Vaike-Kullamaa_(Vaikna)_vallavalitsus, lk 38
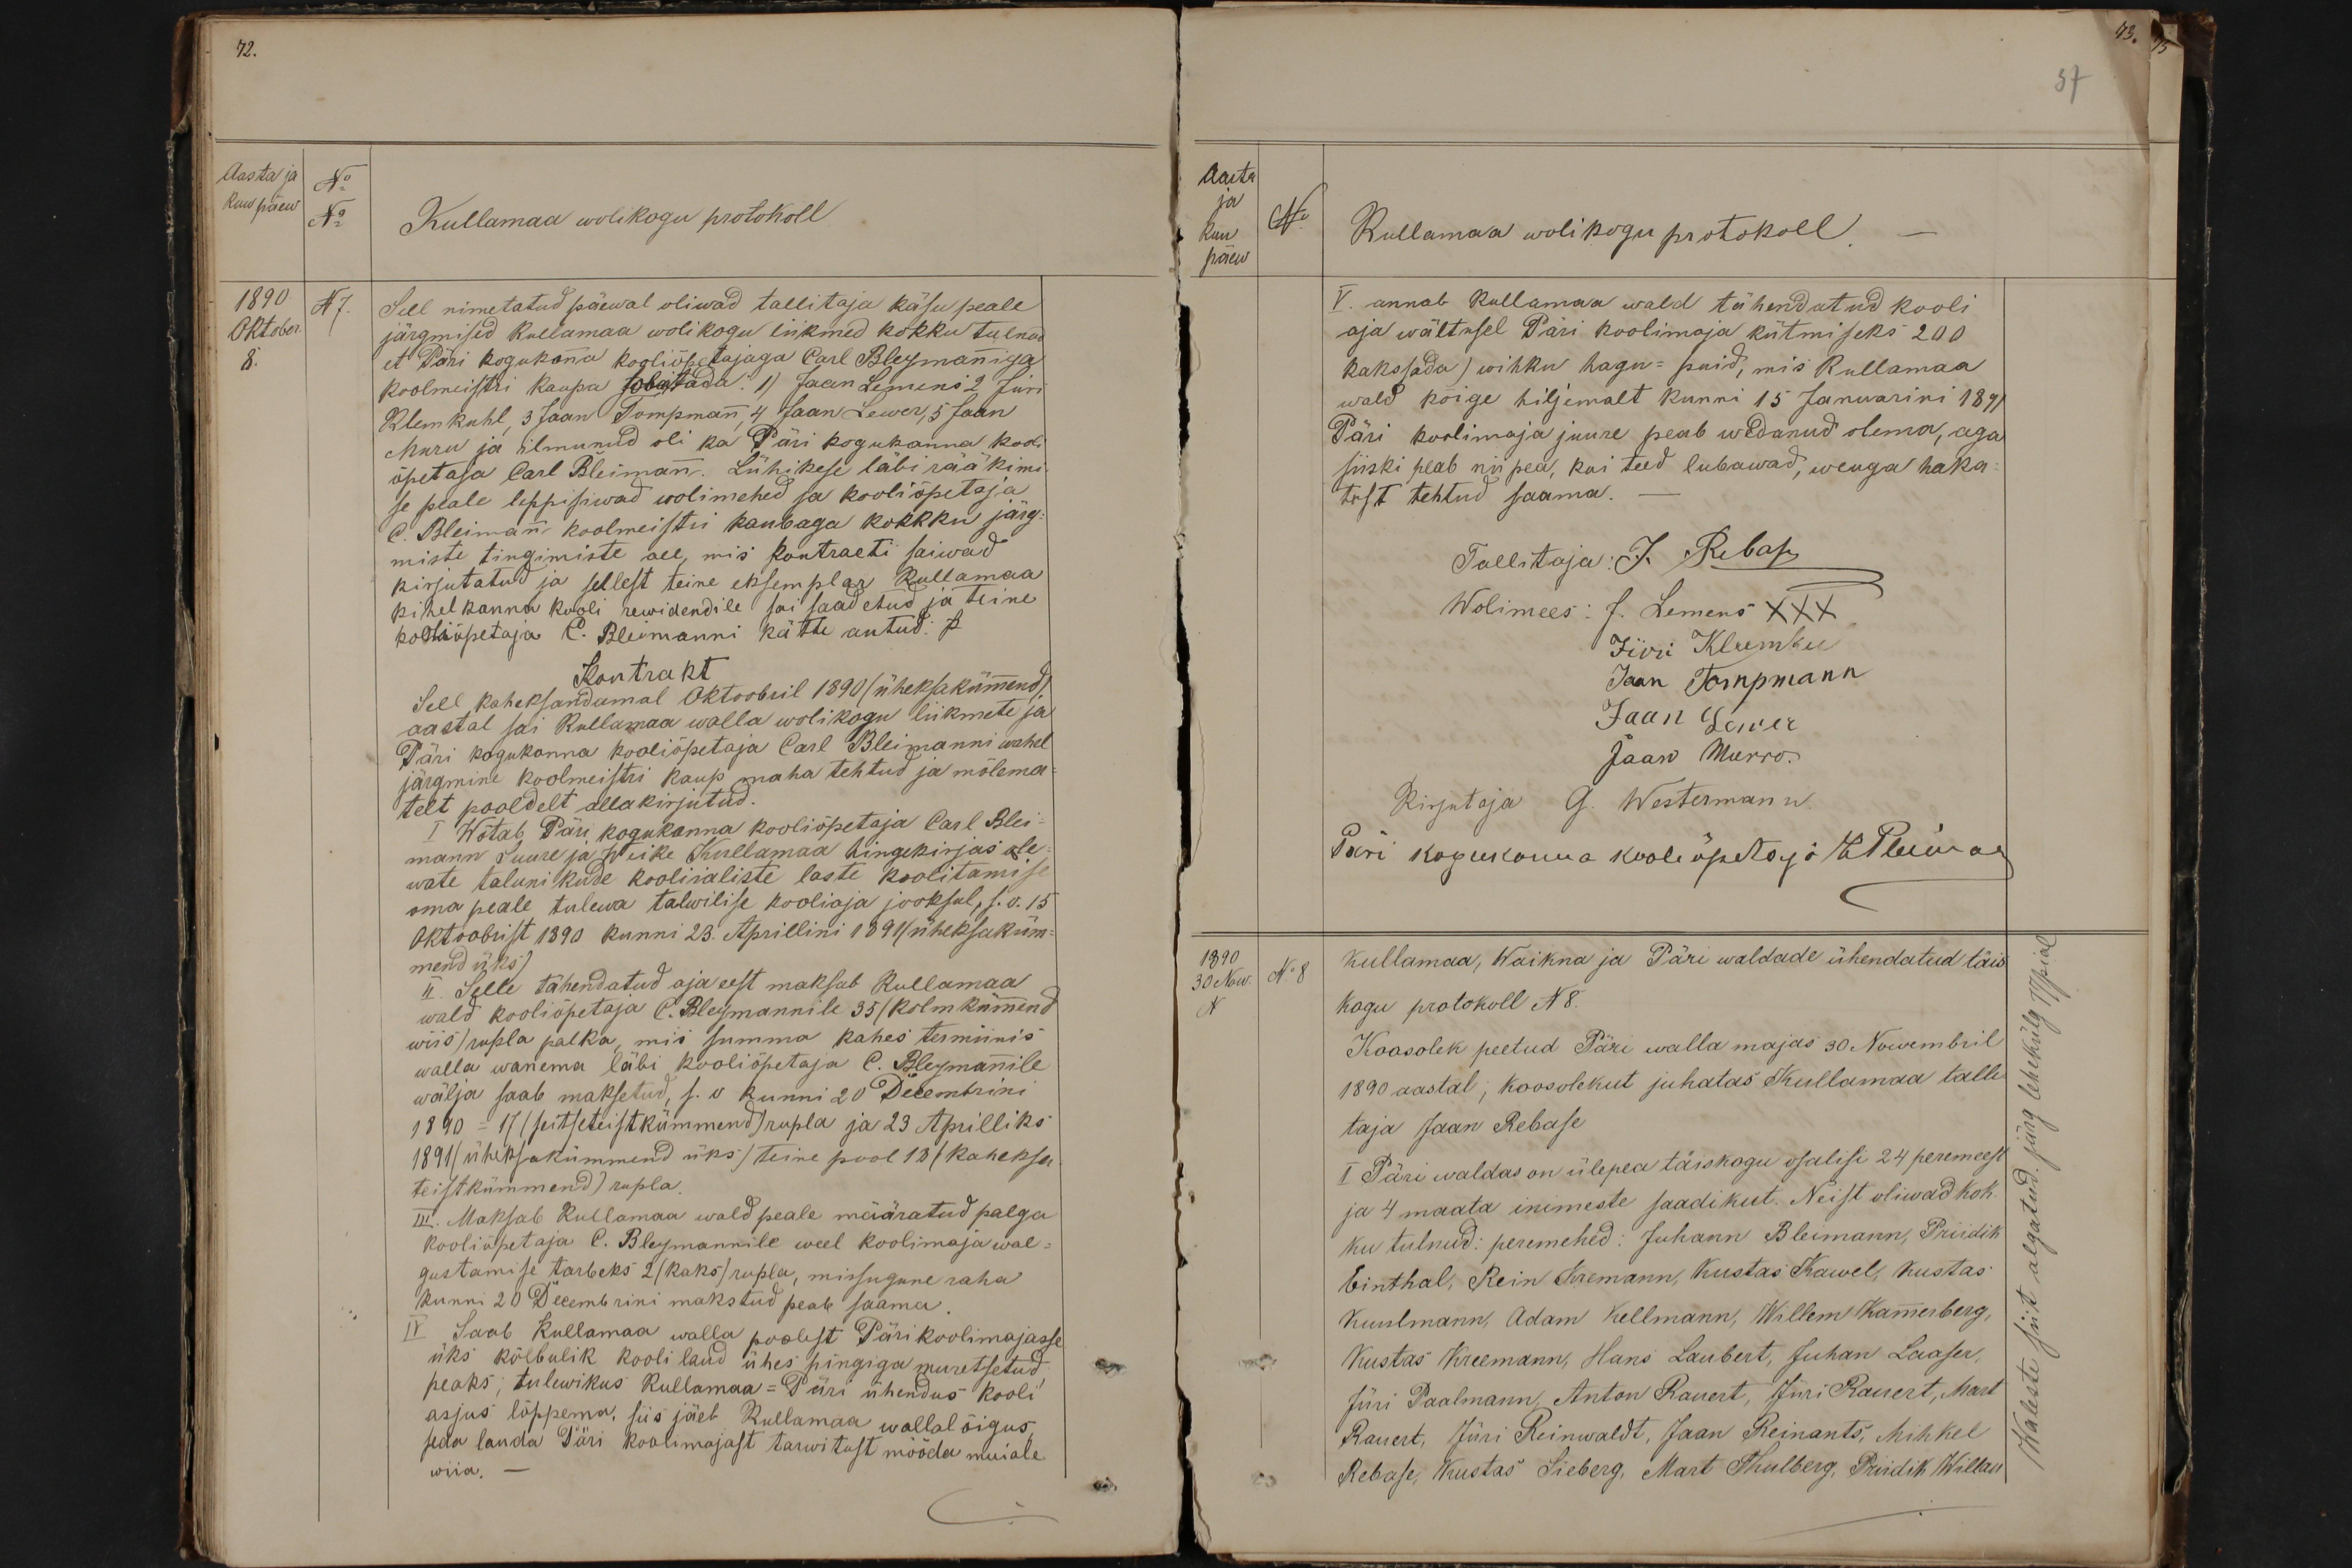
37

Aasta ja
No
kuu päew
No
Kullamaa wolikogu protokoll
1890.
N7.
Sell nimetatud päewal oliwad tallitaja käsu peale
Oktober
järgmised Kullamaa wolikogu liikmed kokku tulnud
et Päri kogukonna kooliõpetajaga Carl Bleymaniga
koolmeistri kaupa sobitada. 1) Jaan Lemens 2 Jüri
Klemkuhl, 3 Jaan Tompmann 4 Jaan Lewer, 5 Jaan
Muru ja ilmunud oli ka Päri kogukonna kooli
õpetaja Carl Bleiman. Lühikese läbi rääkimi-
se peale leppisiwad wolimehed sa kooliõpetaja
C. Bleiman koolmeistri kaubaga kokku järg-
miste tingimiste sall, mis kontracti saiwad
kirjutatud ja sellest teine eksemplar Kullamaa
Kihelkonna kooli rewidendile sai saadetud ja teine
kooliõpetaja C. Bleimanni kätte antud: P
Sell kaheksandamal Oktoobril 1890 (üheksakümmend)
Kontrakt
aastal sai Kullamaa walla wolikogu liikmete ja
Päri kogukonna kooliõpetaja Carl Bleimanni wahel
järgmine koolmeistri kaup maha tehtud ja mõlema-
telt pooldelt allakirjutud.
I Wõtab Päri kogukonna kooliõpetaja Carl Blei-
mann Suure ja Weike Kullamaa hingekirjas ole-
wate talunikude kooliealiste laste koolitamise
oma peale tulewa talwilise kooliaja jooksul, s.o. 15.
Oktoobrist 1890 kunni 23. Aprillini 1891 (üheksaküm-
mend üks)
II Selle tähendatud aja eest maksab Kullamaa,
wald kooliõpetaja C. Bleymannile 35 (kolmkümmend
wiis) rupla palka, mis summa kahes terminis
walla wanema läbi kooliõpetaja P. Bleymannile
wälja saab maksetud, s. o kunni 20 Decembrini
1890 = 17 (seitseteistkümmend) rupla ja 23 Aprilliks
1891/üheksakümmend üks/ teine pool 18 (kaheksa
teistkümmend) rupla
III. Maksab Kullamaa wald peale määratud palga
kooliõpetaja P. Bleymannile weel koolimaja wal-
gustamise tarbeks 2 /kaks/ rupla, missugune raha
kunni 20 Decembrini makstud peab saama
IV Saab Kullamaa walla poolest Päri koolimajasse
üks kõlbulik kooli laud ühes pingiga muretsetud
peaks; tulewikus Kullamaa-Päri ühendus kooli
asjus lõppema, siis jäeb Kullamaa wallal õigus,
seda lauda Päri koolimajast tarwitust mööda muiale
wiia.

aasta
ja
Kuu
No
Kullamaa wolikogu protokoll.
päew
V. annab Kullamaa wald tähendatud kooli
aja wältusel Päri koolimaja kütmiseks 200
kakssada) wihku hagu-puid, mis Kullamaa
wald kõige hiljemalt kunni 15 Januarini 1891
Päri koolimaja juure peab wedanud olema, aga
siiski peab nii pea, kui teed lubawad, weuga haka-
tust tehtud saama.
Tallitaja: J. Rebase
Wolimees: J. Lemens XXX
Jüri Kleemkul
Jaan Tompmann
Jaan Lewer
Jaan Murro.
Kirjutaja G. Westermann
Päri kogukonna kooliõpetaja CPleiman
1890
Kullamaa, Waikna ja Päri waldade ühendatud täis
30 Now. No 8
kogu protokoll N 8.
Koosolek peetud Päri walla majas 30 Nowembril
1890 aastal; koosolekut juhatas Kullamaa talle-
taja Jaan Rebase
I Päri waldas on ülepea täiskogu osalisi 24 peremeest
ja 4 maata inimeste saadikut. Neist oliwad koh-
ku tulnud: peremehed: Juhann Bleimann, Priidit
Einthal, Rein Kremann, Kustas Kawel, Kustas
Kustmann, Adam Kellmann, Willem Kamerberg
Kustas Kreemann, Hans Laubert, Juhan Laaser,
Jüri Paalmann, Anton Rauert, Jüri Rahert, Mart
Rauert, Jüri Reinwaldt, Jaan Reinants, Mihkel
Rebase, Kustas Lieberg, Mart Thulberg, Priidik Willan